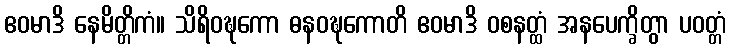
ဧဝမာဒိ နေမိတ္တိကံ။ သိရိဝဍ္ဎကော ဓနဝဍ္ဎကောတိ ဧဝမာဒိ ဝစနတ္ထံ အနပေက္ခိတွာ ပဝတ္တံ